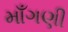
માઁગણી